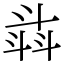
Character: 𣁾